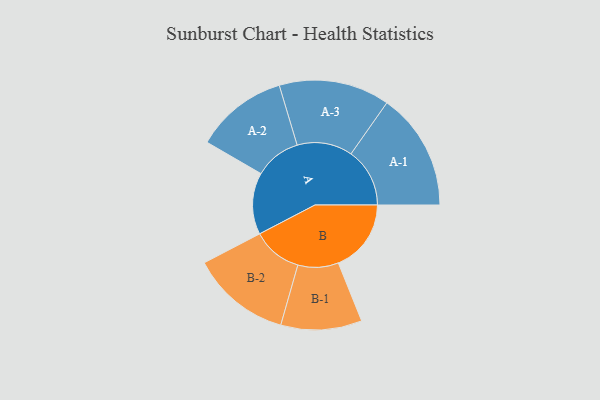
{"axis": {"x": "Segment", "y": "Value"}, "legend": ["", "A", "B"], "data": [{"x": "A", "y": 311, "type": ""}, {"x": "B", "y": 367, "type": ""}, {"x": "A-1", "y": 296, "type": "A"}, {"x": "A-2", "y": 233, "type": "A"}, {"x": "A-3", "y": 279, "type": "A"}, {"x": "B-1", "y": 204, "type": "B"}, {"x": "B-2", "y": 251, "type": "B"}]}